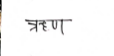
मजकूर: ऋण